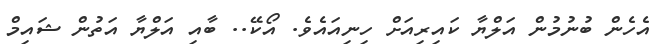
އެހެން ބުނުމުން އަލްޔާ ކައިރިއަށް ހިނިއައެވެ. އޯކޭ.. ބާއި އަލްޔާ އަތުން ޝައިމް